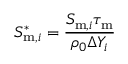
S _ { \mathrm { m } , i } ^ { * } = \frac { S _ { \mathrm { m } , i } \tau _ { \mathrm { m } } } { \rho _ { 0 } \Delta Y _ { i } }